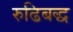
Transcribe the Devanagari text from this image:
रुढिबद्ध